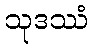
သုဒဿံ